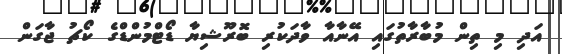
އަދި މި ތިން މުބާރާތުގައި އޭނާއާ ވާދަކުރި ބޮރޫޝިޔާ ޑޯޓްމުންޑްގެ ކޯޗު ޖާގަން